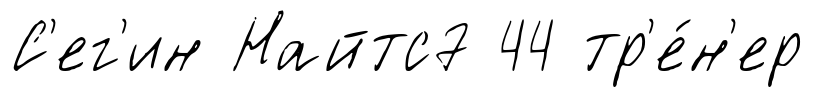
С'ег'ин Найтс7 44 тр'е́н'ер